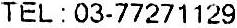
TEL : 03-77271129